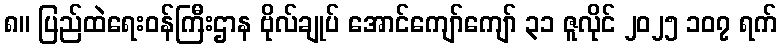
၈။ ပြည်ထဲရေးဝန်ကြီးဌာန ဗိုလ်ချုပ် အောင်ကျော်ကျော် ၃၁ ဇူလိုင် ၂၀၂၅ ၁၀၇ ရက်